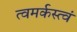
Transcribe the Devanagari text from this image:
त्वमर्कस्त्वं